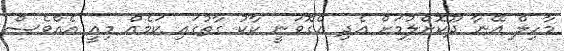
މާހިލް އޭނާ ދޫކޮށްލުމަށް އެދި އެގޮވަނީ ކާކު ގާތުގައި ކަމެއް މިއީ އެއްވެސް